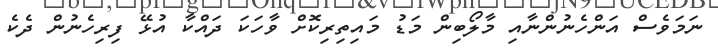
ނަމަވެސް އަންހެނުންނާއި މާލޯބިން މަޑު މައިތިރިކޮށް ވާހަކަ ދައްކާ އުޅޭ ފިރިހެނުން ދެކެ